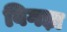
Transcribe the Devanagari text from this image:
विगड़ा